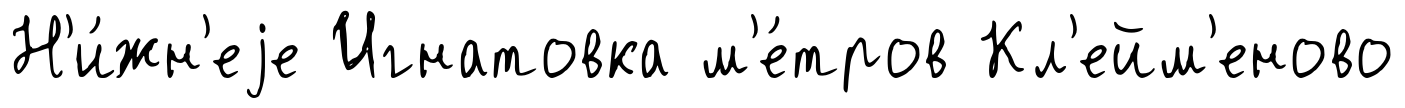
Н'и́жн'еjе Игнатовка м'е́тров Кл'ейм'еново